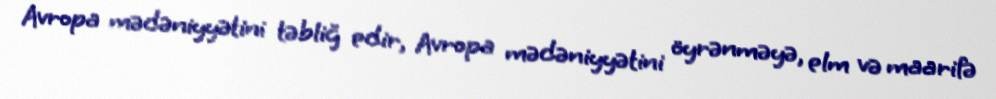
Avropa mədəniyyətini təbliğ edir, Avropa mədəniyyətini öyrənməyə, elm və maarifə